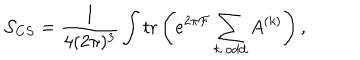
{ \cal S } _ { C S } = \frac { 1 } { 4 ( 2 \pi ) ^ { 3 } } \int \mathrm { t r } \left( e ^ { 2 \pi { \cal F } } \sum _ { k ~ \mathrm { o d d } } A ^ { ( k ) } \right) ,